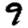
Digit: 9